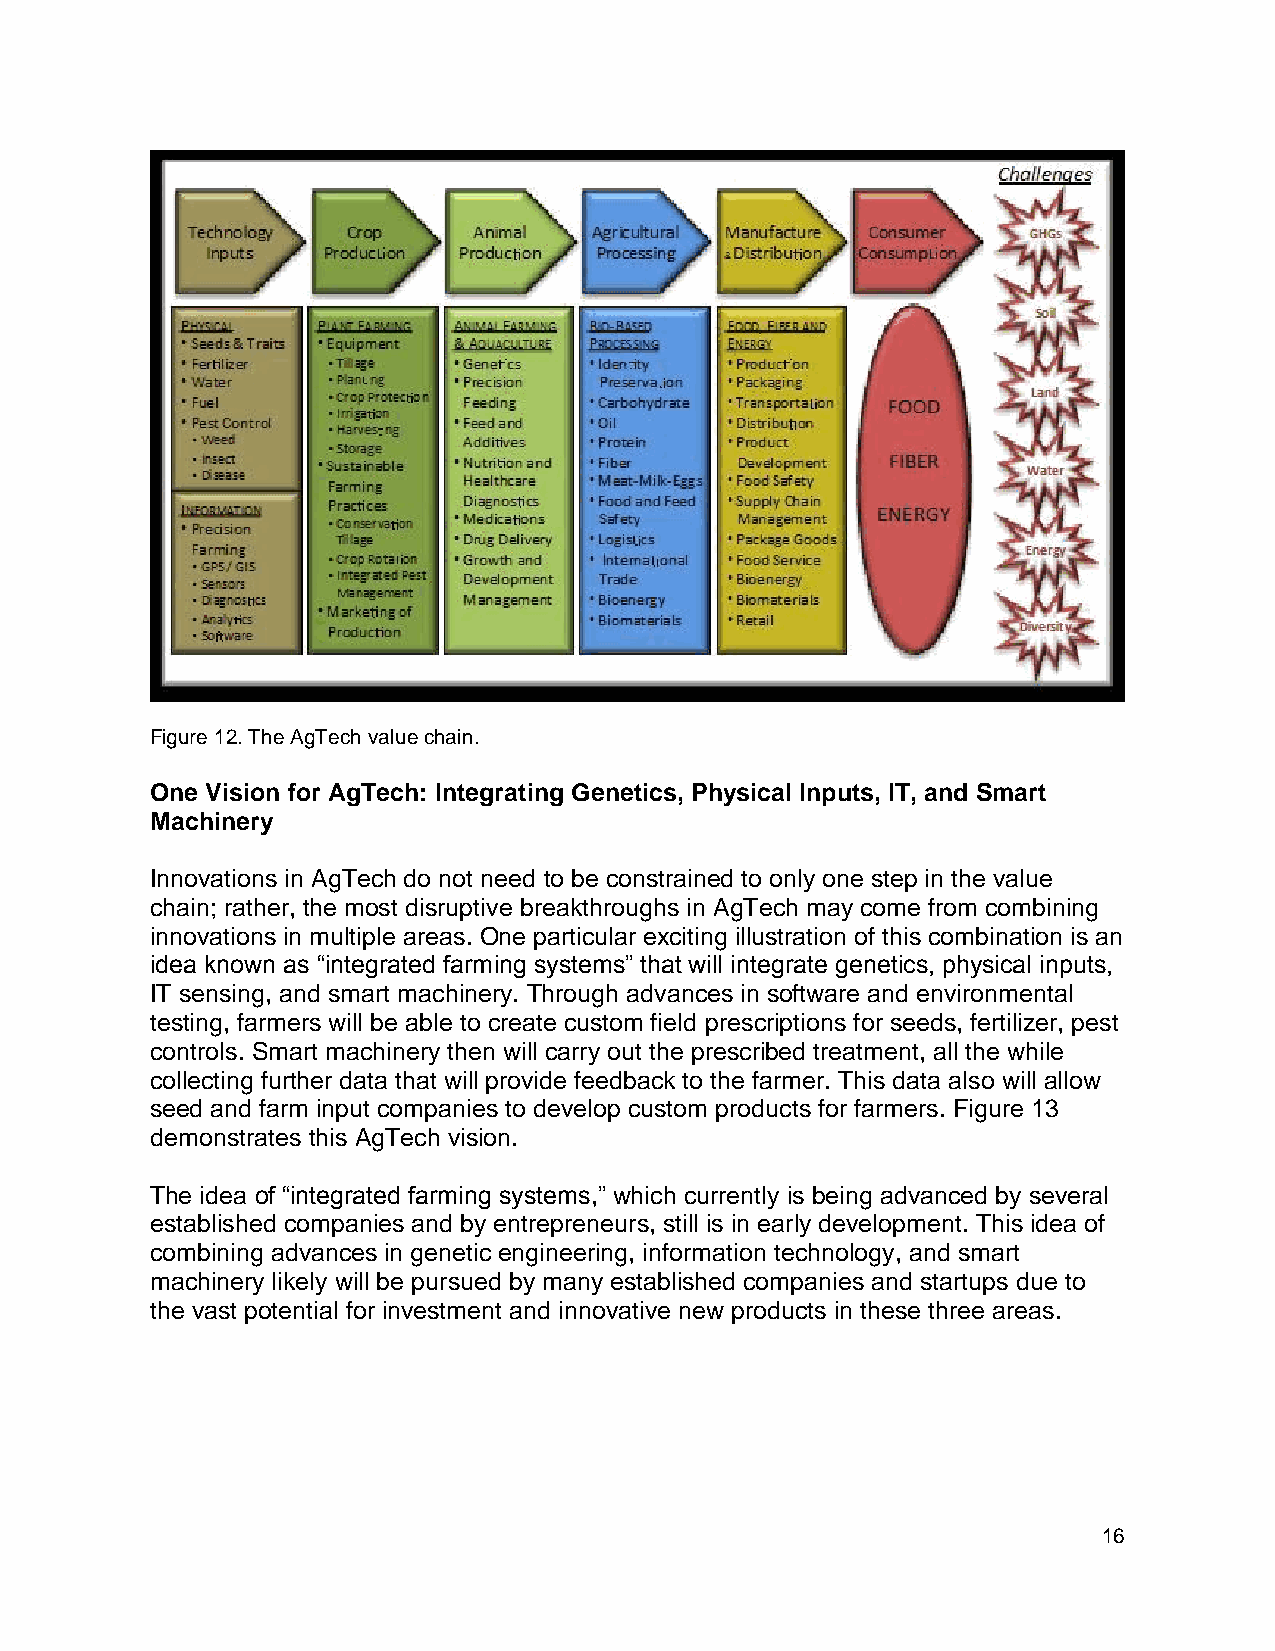
Figure 12. The AgTech value chain.
 One Vision for AgTech: Integrating Genetics, Physical Inputs, IT, and Smart
 Machinery
 Innovations in AgTech do not need to be constrained to only one step in the value
 chain; rather, the most disruptive breakthroughs in AgTech may come from combining
 innovations in multiple areas. One particular exciting illustration of this combination is an
 idea known as “integrated farming systems” that will integrate genetics, physical inputs,
 IT sensing, and smart machinery. Through advances in software and environmental
 testing, farmers will be able to create custom field prescriptions for seeds, fertilizer, pest
 controls. Smart machinery then will carry out the prescribed treatment, all the while
 collecting further data that will provide feedback to the farmer. This data also will allow
 seed and farm input companies to develop custom products for farmers. Figure 13
 demonstrates this AgTech vision.
 The idea of “integrated farming systems,” which currently is being advanced by several
 established companies and by entrepreneurs, still is in early development. This idea of
 combining advances in genetic engineering, information technology, and smart
 machinery likely will be pursued by many established companies and startups due to
 the vast potential for investment and innovative new products in these three areas.
 16